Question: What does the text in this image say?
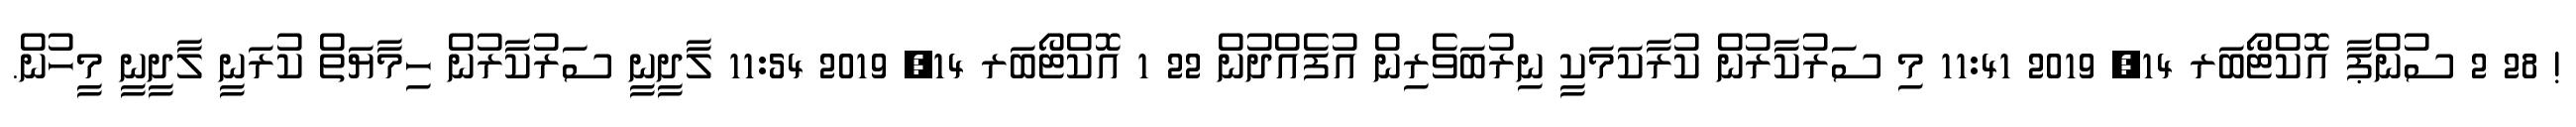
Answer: ! 28 2 ސުންޕާ އޮކްޓޯބަރ 14, 2019 11:41 މި ސަރުކާރުން ކުރާކަމަކީ ނިރުބަވެރިން އުފެއްދުން 22 1 އޮކްޓޯބަރ 14, 2019 11:54 ލާދީނީ ސަރުކާރުން ހިމާޔަތް ކުރަނީ ލާދީނީ މީހުން.